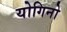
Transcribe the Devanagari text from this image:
योगिनो